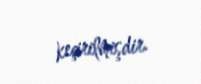
keçirilmişdir.